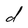
Character: d